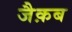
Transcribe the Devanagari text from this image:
जैक़ब